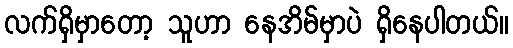
လက်ရှိမှာတော့ သူဟာ နေအိမ်မှာပဲ ရှိနေပါတယ်။